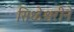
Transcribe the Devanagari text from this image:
सिध्देश्वरीने